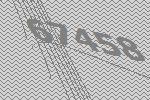
67458